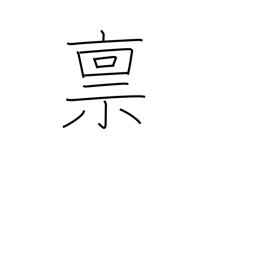
Meaning: salary in rice